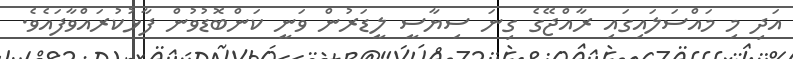
އަދި މި މައްސަލައިގައި ރާއްޖޭގެ ގިނަ ސިޔާސީ ލީޑަރުން ވަނީ ކަންބޮޑުވުން ފާޅުކުރައްވާފައެވެ.